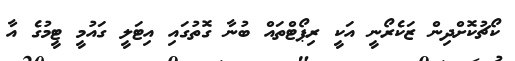
ކޯޗުކޮށްދިން ޒަކެރޯނީ އަކީ ރިޕޯޓްތައް ބުނާ ގޮތުގައި އިޓަލީ ގައުމީ ޓީމުގެ އާ